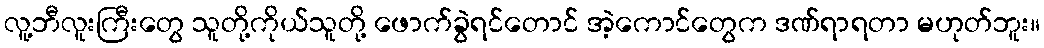
လူ့ဘီလူးကြီးတွေ သူတို့ကိုယ်သူတို့ ဖောက်ခွဲရင်တောင် အဲ့ကောင်တွေက ဒဏ်ရာရတာ မဟုတ်ဘူး။